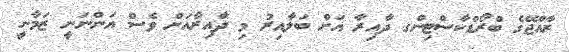
ރާއްޖޭގެ ބްރޯޑްކާސްޓިންގ ދާއިރާ އަށް ބަލާއިރު މި ދާއިރާއަށް ވެސް އަންނަނީ ޒަމާނީ